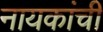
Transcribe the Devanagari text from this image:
नायकांची